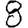
Digit: 8